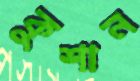
কুশান